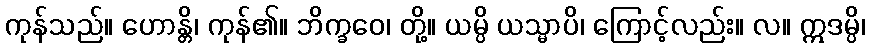
ကုန်သည်။ ဟောန္တိ၊ ကုန်၏။ ဘိက္ခဝေ၊ တို့။ ယမ္ပိ ယသ္မာပိ၊ ကြောင့်လည်း။ လ။ ဣဒမ္ပိ၊